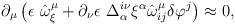
LaTeX: \begin{align*}\partial_{\mu } \left( \epsilon\ \hat{\omega}^{\mu}_{\xi } +\partial_{\nu }\epsilon\ \Delta ^{i \nu }_{\alpha } \xi ^{\alpha}\hat{\omega}^{\mu}_{ij} \delta\varphi^{j} \right) \approx 0,\end{align*}